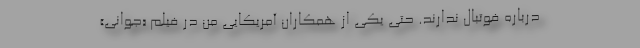
درباره فوتبال ندارند. حتی یکی از همکاران آمریکایی من در فیلم «جوانی»